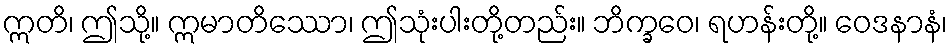
ဣတိ၊ ဤသို့။ ဣမာတိဿော၊ ဤသုံးပါးတို့တည်း။ ဘိက္ခဝေ၊ ရဟန်းတို့။ ဝေဒနာနံ၊